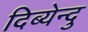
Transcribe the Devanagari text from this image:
दिब्येन्दु